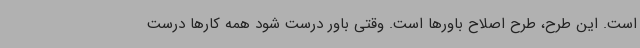
است. این طرح، طرح اصلاح باورها است. وقتی باور درست شود همه کارها درست